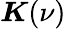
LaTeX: \boldsymbol{K}(\nu)